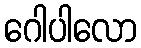
ဂေါပါလော